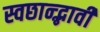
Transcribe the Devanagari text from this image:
स्वछान्द्भावी